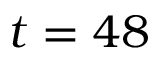
t = 4 8